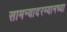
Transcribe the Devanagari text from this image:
सामन्यादरम्यानच्या